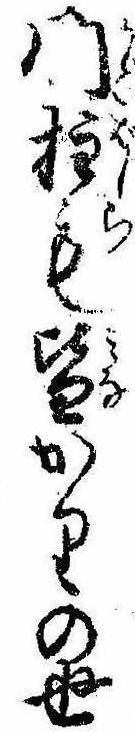
門柱も皆かりの世